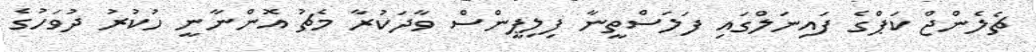
ޗެލެންޖް ކަޕްގެ ފައިނަލްގައި ފަލަސްތީނާ ފިިލިޕީންްސް ވާދަކުރާ މެޗު އޮންނާނީ ހުކުރު ދުވަހުގެ